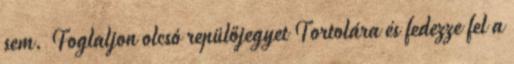
sem. Foglaljon olcsó repülőjegyet Tortolára és fedezze fel a